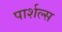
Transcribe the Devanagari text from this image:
पार्शल्स